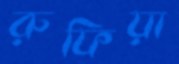
রুফিয়া